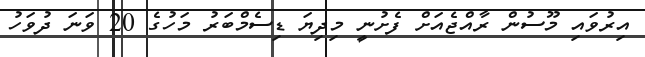
އިރުވައި މޫސުން ރާއްޖެއަށް ފެށުނީ މިދިޔަ ޑިސެމްބަރު މަހުގެ 20 ވަނަ ދުވަހު